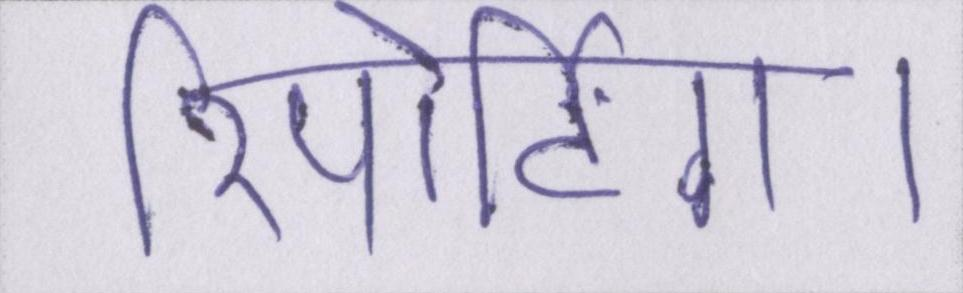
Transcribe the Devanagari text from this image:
रिपोर्टिंग।